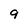
Character: 9